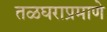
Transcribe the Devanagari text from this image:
तळघराप्रमाणे